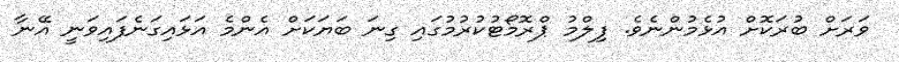
ވަރަށް ބުރަކޮށް އުޅެމުންނެވެ. ފިލްމު ޕްރޮމޯޓުކުރުމުގައި ގިނަ ބަޔަކަށް އެންމެ އަޅައިގަނެފައިވަނީ އޭނާ